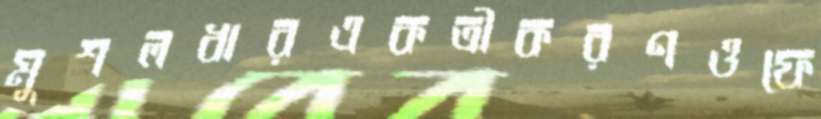
মুশলধারএকত্রীকরণওফে